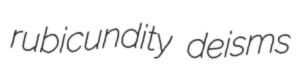
rubicundity deisms